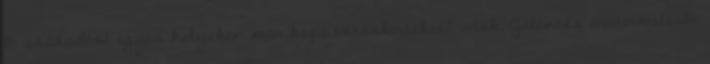
18. századtól egyes helyeken már káposztáskertekről írtak. Jelentős árutermelésbe